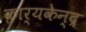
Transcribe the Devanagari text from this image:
कार्यकेन्द्र